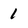
Character: 1